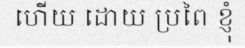
ហើយ ដោយ ប្រពៃ ខ្ញុំ